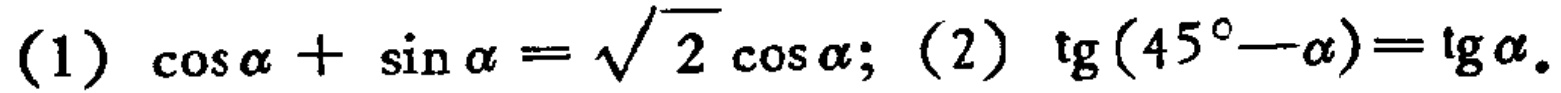
(1) \(\cos\alpha+\sin\alpha = \sqrt{2}\cos\alpha\); (2) \(\mathrm{tg}(45^{\circ}-\alpha)=\mathrm{tg}\alpha\)